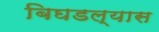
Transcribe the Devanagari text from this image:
बिघडल्यास